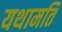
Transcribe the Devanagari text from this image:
यथामति